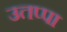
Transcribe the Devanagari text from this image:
उतप्पा